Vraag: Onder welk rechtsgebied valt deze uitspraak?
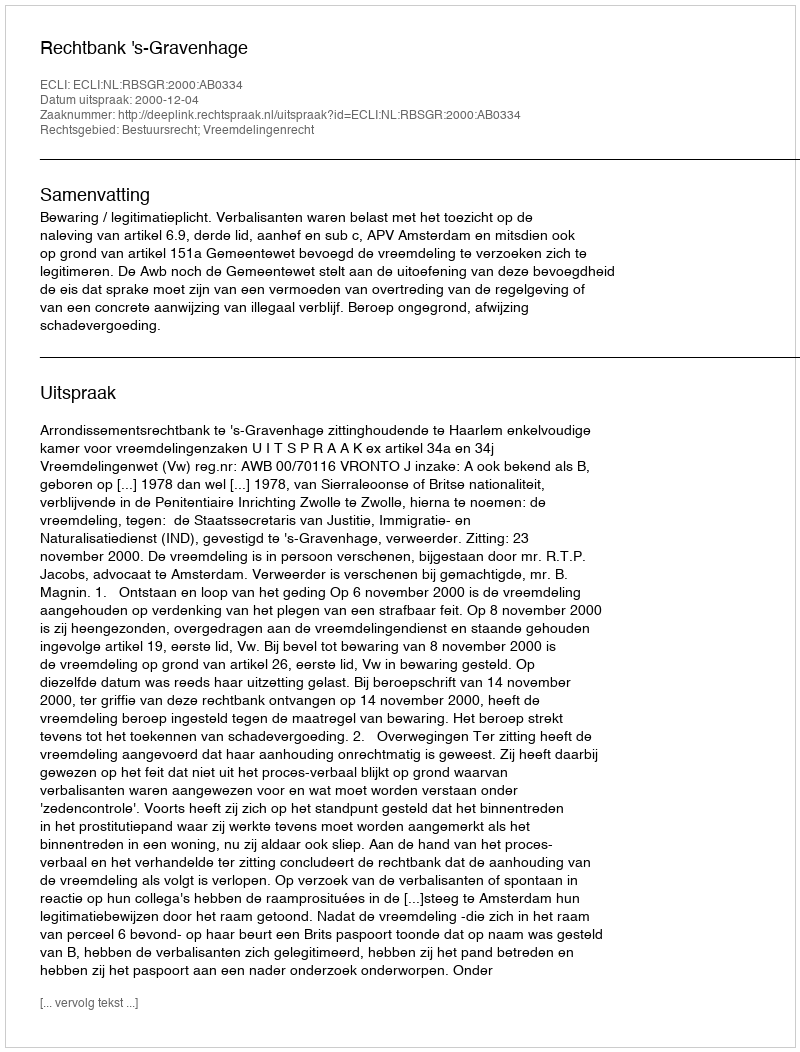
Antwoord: Bestuursrecht; Vreemdelingenrecht